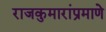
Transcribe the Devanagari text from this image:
राजकुमारांप्रमाणे